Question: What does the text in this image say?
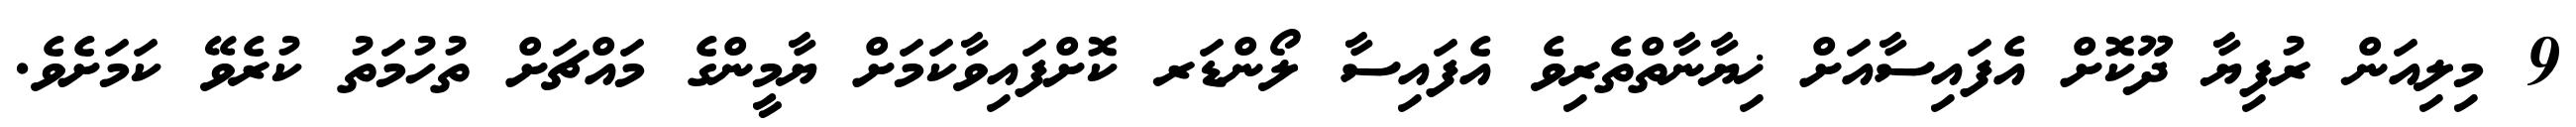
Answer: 9 މިލިއަން ރުފިޔާ ދޫކޮށް އެފައިސާއަށް ޚިޔާނާތްތެރިވެ އެފައިސާ ލޯންޑަރ ކޮށްފައިވާކަމަށް ޔާމީންގެ މައްޗަށް ތުހުމަތު ކުރެވޭ ކަމަށެވެ.